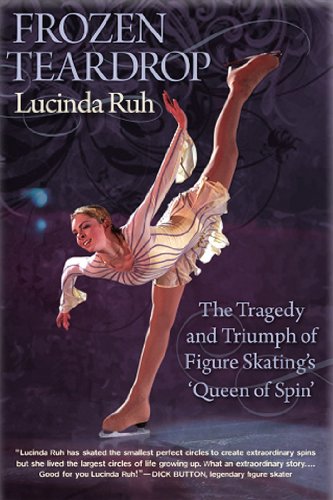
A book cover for Frozen Teardrop: The Tragedy and Triumph of Figure Skating's Queen of Spin; Lucinda Ruh; Sports & Outdoors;